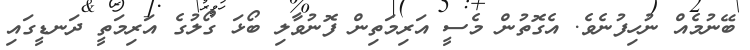
ބޭނުމެއް ނުހިފުނެވެ. އެގޮތުން މެސީ އަރިމަތިން ފޮނުވާލި ބޯޅަ ގޯލުގެ އަރިމަތީ ދަނޑީގައި